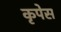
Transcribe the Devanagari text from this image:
कृपेस